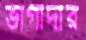
ভাগীদার